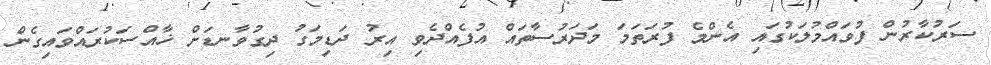
ސަރުކާރުން ފުވައްމުލަކުގައި އެންމެ ފުރަތަމަ މަދަރުސާތައް އުފެއްދެވި އިރު ދަޑިމަގު ދިގުވާނޑަށް ޚާއްސަކުރައްވައިގެން